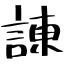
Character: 諌